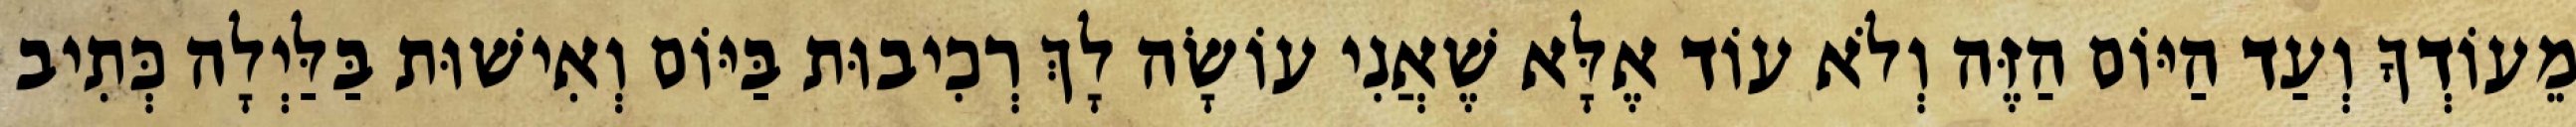
מֵעוֹדְךָ וְעַד הַיּוֹם הַזֶּה וְלֹא עוֹד אֶלָּא שֶׁאֲנִי עוֹשָׂה לָךְ רְכִיבוּת בַּיּוֹם וְאִישׁוּת בַּלַּיְלָה כְּתִיב